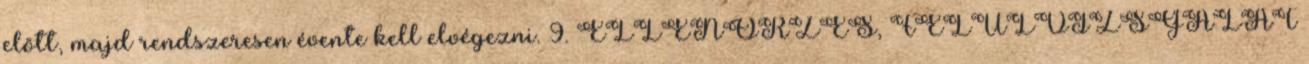
elõtt, majd rendszeresen évente kell elvégezni. 9. ELLENÕRZÉS, FELÜLVIZSGÁLAT